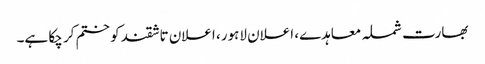
بھارت شملہ معاہدے، اعلان لاہور، اعلان تاشقند کو ختم کر چکا ہے۔